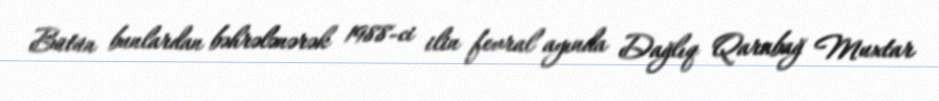
Bütün bunlardan bəhrələnərək 1988-ci ilin fevral ayında Dağlıq Qarabağ Muxtar